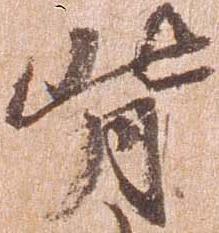
背